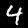
Digit: 4